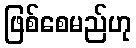
ဖြစ်စေမည်ဟု